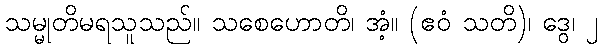
သမ္မုတိမရသူသည်။ သစေဟောတိ၊ အံ့။ (ဧဝံ သတိ)၊ ဒွေ၊ ၂